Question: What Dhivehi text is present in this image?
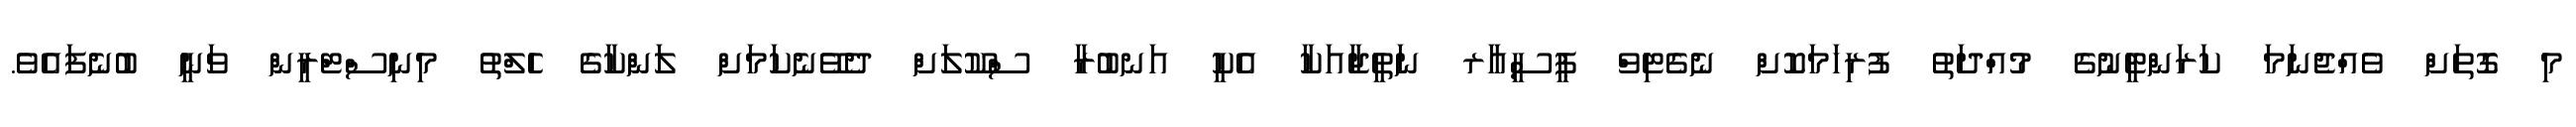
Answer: މި ގޮތަށް ވެއްޖެނަމަ ކަރަންޓީނުގެ މުއްދަތު ފުރިހަމަކޮށް ނެގެޓިވް ޕީސީއާރ ނަތީޖާއަކާ އެކީ އަނބުރާ ސްކޫލަށް ދެވޭނެކަމަށް ލަންކާގެ ހެލްތު މިނިސްޓްރީން ވަނީ ބުނެފައެވެ.